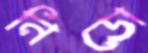
নিডো